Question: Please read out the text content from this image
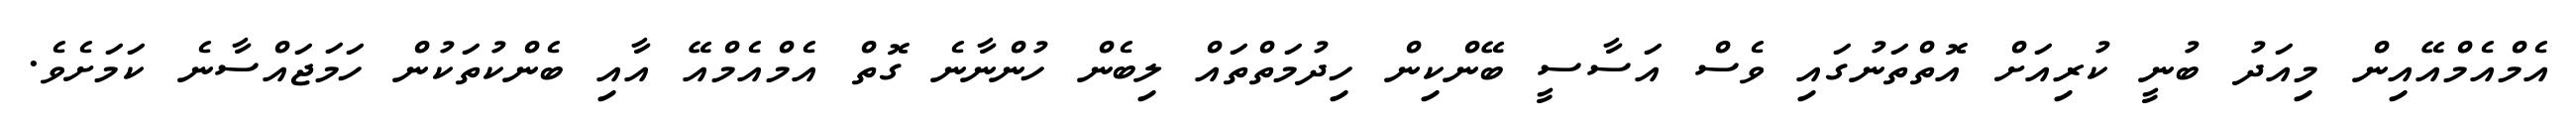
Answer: އެމްއެމްއޭއިން މިއަދު ބުނީ ކުރިއަށް އޮތްތަނުގައި ވެސް އަސާސީ ބޭންކިން ހިދުމަތްތައް ލިބެން ހުންނާނެ ގޮތް އެމްއެމްއޭ އާއި ބެންކުތަކުން ހަމަޖައްސާނެ ކަމަށެވެ.